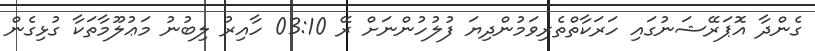
ގެންދާ އޮޕަރޭޝަނުގައި ހަރަކާތްތެރިވަމުންދިޔަ ފުލުހުންނަށް ރޭ 03:10 ހާއިރު ލިބުނު މަޢުލޫމާތަކާ ގުޅިގެން